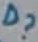
Text: D?